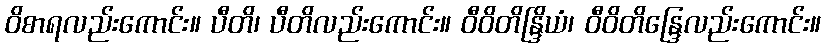
ဝိစာရလည်းကောင်း။ ပီတိ၊ ပီတိလည်းကောင်း။ ဝီဝိတိန္ဒြိယံ၊ ဝီဝိတိန္ဒြေလည်းကောင်း။